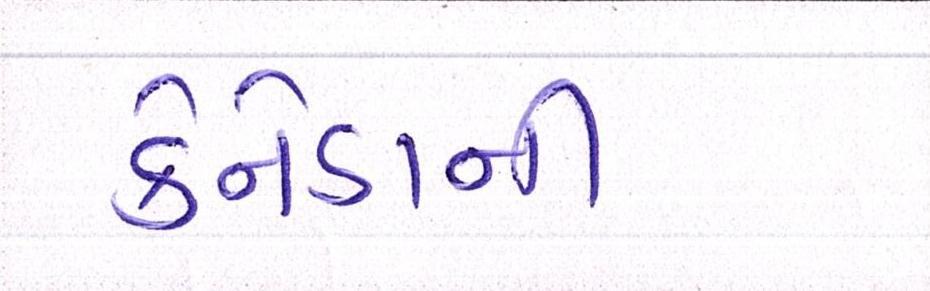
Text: કેનેડાની